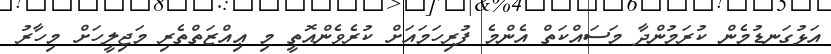
އަޅުގަނޑުމެން ކުރަމުންދާ މަސައްކަތް އެންމެ ފުރިހަމައަށް ކުރެވެންއޮތީ މި ޢިއްޒަތްތެރި މަޖިލީހަށް މިހާރު